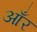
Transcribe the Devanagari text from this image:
आँर